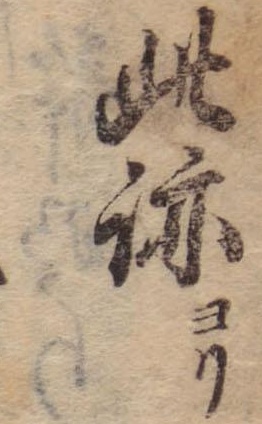
此跡ヨリ